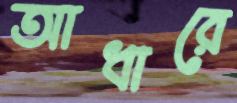
আধারে